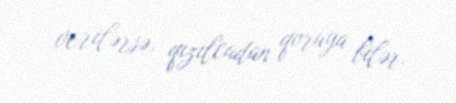
verilərsə, qızılcadan qoruya bilər.